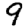
Digit: 9